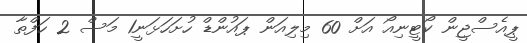
ޕީއެސްޖީން ކޯޓީނިއޯ އަށް 60 މިލިއަން ޕައުންޑް ހުށަހަޅަނީ1 މަސް 2 ހަފްތާ